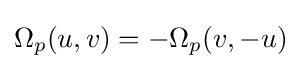
\Omega _{p}(u,v)=-\Omega _{p}(v,-u)